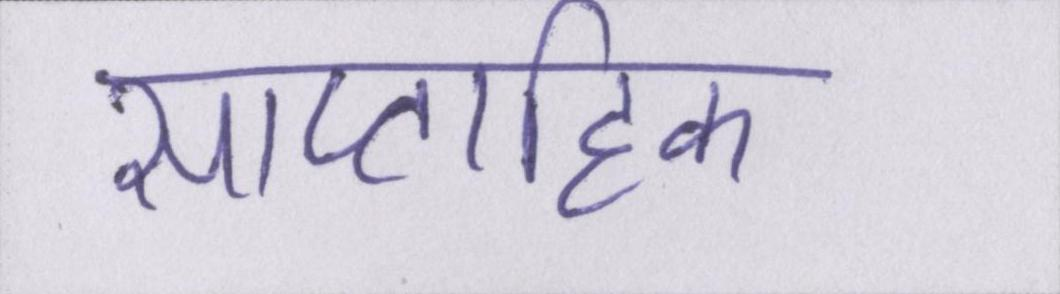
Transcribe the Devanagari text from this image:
साप्ताहिक